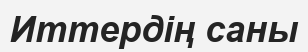
Иттердің саны